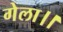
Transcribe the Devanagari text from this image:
गेला।।